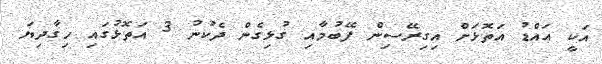
އަކީ އައްޑު އަތޮޅަށް އިގިރޭސިން ފޭބުމާއި ގުޅިގެން ދެކުނު 3 އަތޮޅުގައި ހިގާދިޔަ